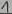
Text: 1